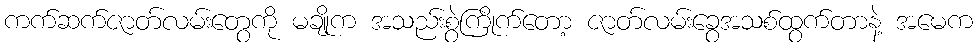
ကက်ဆက်ဇာတ်လမ်းတွေကို မချိုက အသည်းစွဲကြိုက်တော့ ဇာတ်လမ်းခွေအသစ်ထွက်တာနဲ့ အမေက